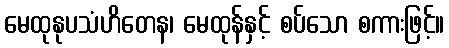
မေထုနုပသံဟိတေန၊ မေထုန်နှင့် စပ်သော စကားဖြင့်။